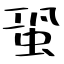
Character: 蛩